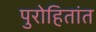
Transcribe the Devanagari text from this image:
पुरोहितांत